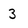
Character: 3